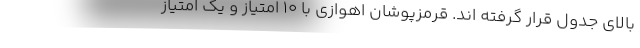
بالای جدول قرار گرفته اند. قرمزپوشان اهوازی با 10 امتیاز و یک امتیاز